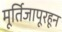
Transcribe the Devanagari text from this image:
मूर्तिजापूरहून